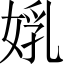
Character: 𡝦